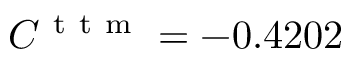
C ^ { \mathrm { ~ t ~ t ~ m ~ } } = - 0 . 4 2 0 2